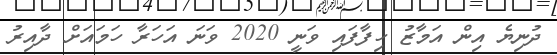
ދުނިޔެ އިން އަމާޒު ހިފާފައި ވަނީ 2020 ވަނަ އަހަރާ ހަމައަށް ދާއިރު